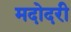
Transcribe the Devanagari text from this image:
मदोदरी